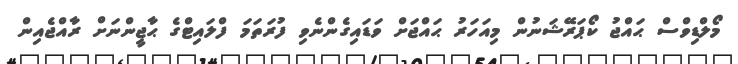
މޯލްޑިވްސް ޙައްޖު ކޯޕަރޭޝަނުން މިއަހަރު ޙައްޖަށް ވަޑައިގެންނެވި ފުރަތަމަ ފްލައިޓްގެ ޙާޖީންނަށް ރާއްޖެއިން